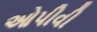
ઓપીવી